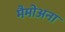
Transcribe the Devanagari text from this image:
मैमोअना